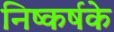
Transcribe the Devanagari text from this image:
निष्कर्षके